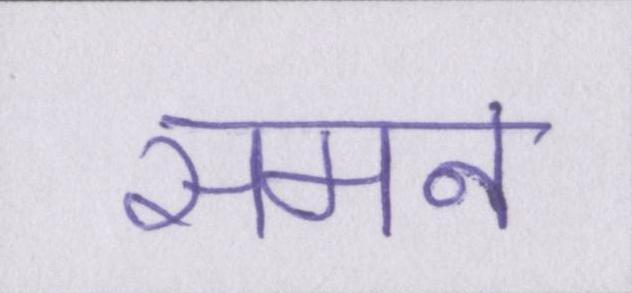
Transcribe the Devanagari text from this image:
समन